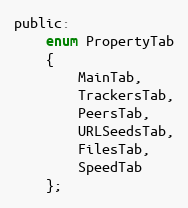
Language: C
public:
    enum PropertyTab
    {
        MainTab,
        TrackersTab,
        PeersTab,
        URLSeedsTab,
        FilesTab,
        SpeedTab
    };